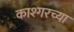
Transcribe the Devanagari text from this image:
काश्गरच्या